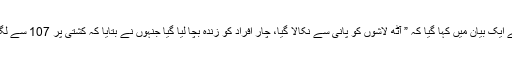
اتوار کو کوسٹ گارڈ کے ایک بیان میں کہا گیا کہ ” آٹھ لاشوں کو پانی سے نکالا گیا، چار افراد کو زندہ بچا لیا گیا جنہوں نے بتایا کہ کشتی پر 107 سے لگ بھگ لوگ سوار تھے۔